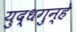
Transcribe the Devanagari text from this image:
युद्धगुन्हे